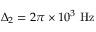
\Delta _ { 2 } = 2 \pi \times 1 0 ^ { 3 } ~ \mathrm { H z }